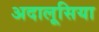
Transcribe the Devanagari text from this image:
अदालूसिया